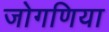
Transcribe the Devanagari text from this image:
जोगणिया